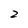
Character: 2